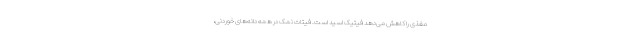
مغذی را کاهش می‌دهد فیتیک اسید است. فیتات نمک در همهٔ دانه‌های خوردنی،